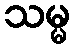
သမ္မ